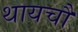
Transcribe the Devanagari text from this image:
थायचौ